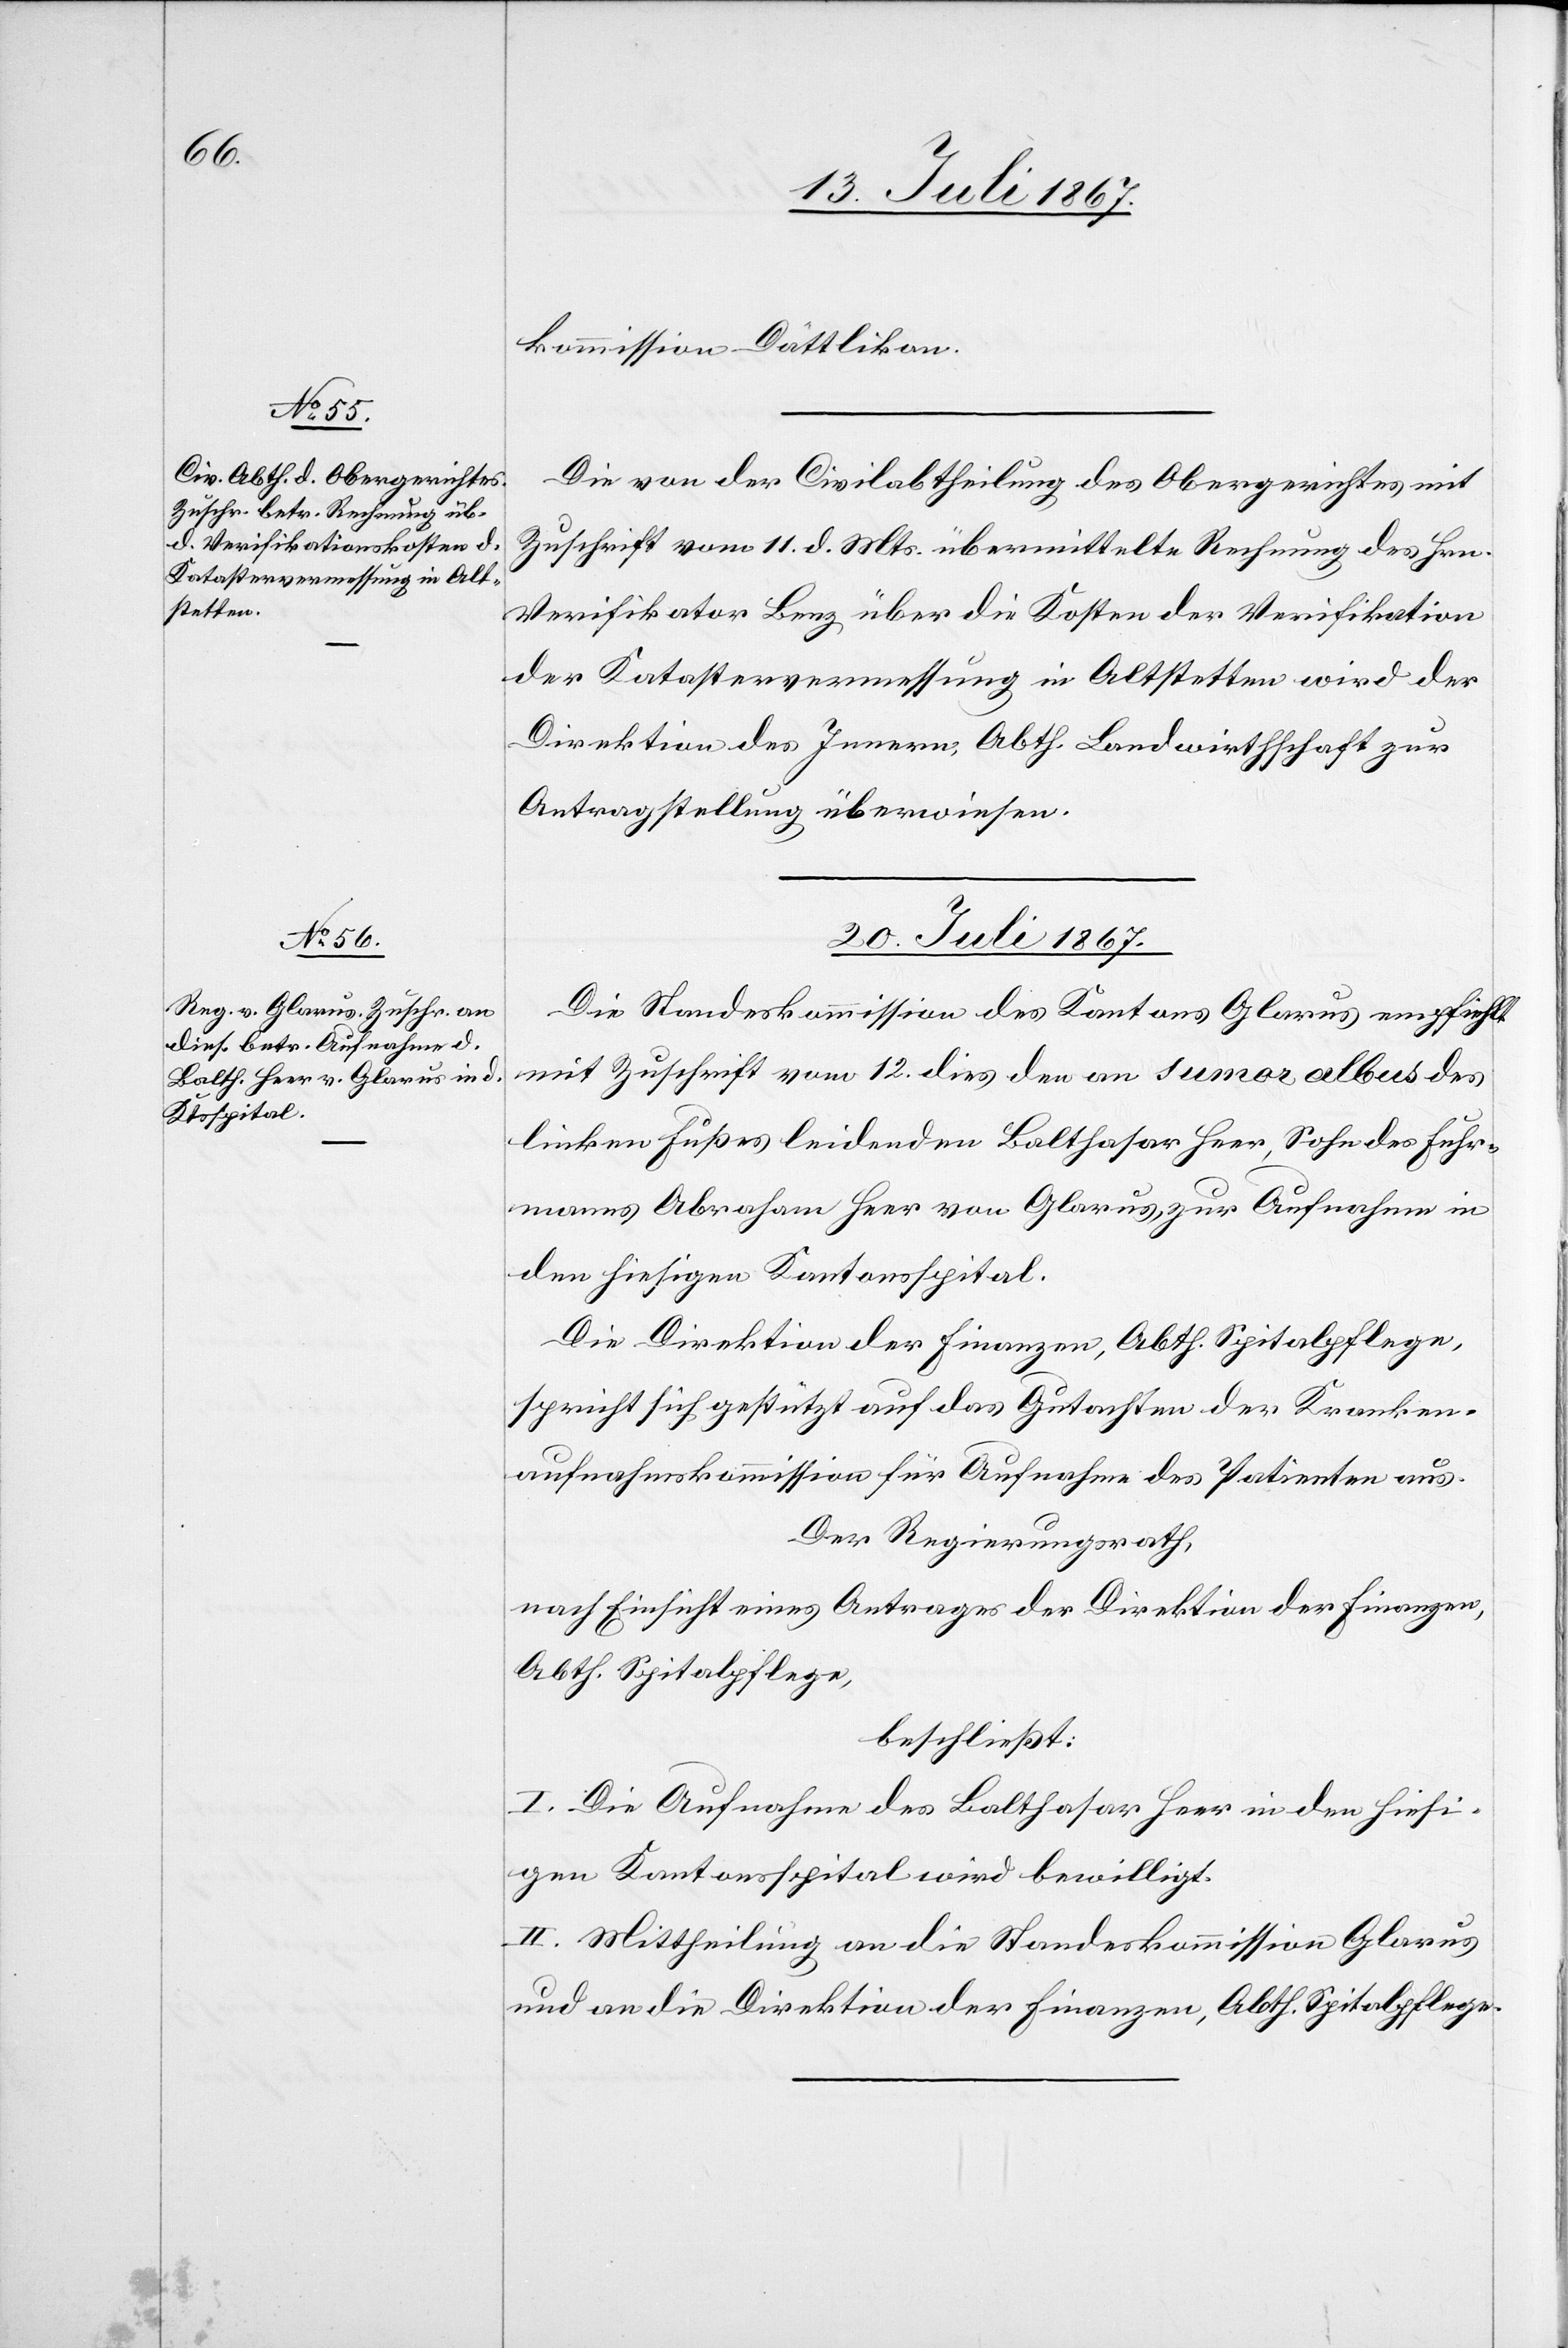
19. Juli 1867.]
kommission Dättlikon.
Die von der Civilabtheilung des Obergerichtes mit
Zuschrift vom 11. d. Mts übermittelte Rechnung des Hrn.
Verifikator Benz über die Kosten der Verifikation
der Katastervermessung in Altstetten wird der
Direktion des Innern, Abt. Landwirthschaft zur
Antragstellung überwiesen.
20. Juli 1867.
Die Standeskommission des Kantons Glarus empfiehlt
mit Zuschrift vom 12. dies den an tumor albus des
linken Fußes leidenden Balthasar Heer, Sohn des Fuhr¬
manns Abraham Heer von Glarus zur Aufnahme in
den hiesigen Kantonsspital.
Die Direktion der Finanzen, Abth. Spitalpflege,
sprich sich gestützt auf das Gutachten der Kranken¬
aufnahmskommission für Aufnahme des Patienten aus.
Der Regierungsrath,
nach Einsicht eines Antrages der Direktion der Finanzen,
Abth. Spitalpflege,
beschließt:
I. Die Aufnahme des Balthasar Heer in den hiesi¬
gen Kantonsspital wird bewilligt.
II. Mittheilung an die Standeskommission Glarus
und an die Direktion der Finanzen, Abth. Spitalpflege.